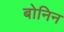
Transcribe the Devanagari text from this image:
बोनिन